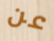
عن